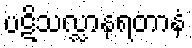
ပဋိသလ္လာနရတာနံ